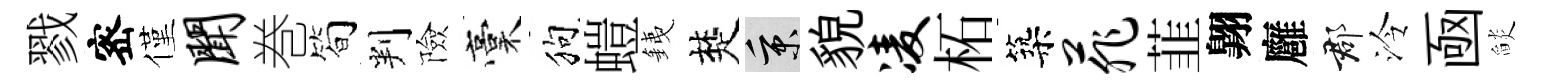
戮宻僅闻巻简判險稾狗螘銕楚秉貌凌柘築菲韮翺廱郡泠凾𦦨